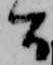
間